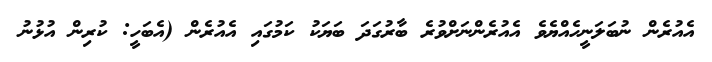
އެއުރެން ނުބަލަނީހެއްޔެވެ އެއުރެންނަށްވުރެ ބާރުގަދަ ބަޔަކު ކަމުގައި އެއުރެން (އެބަހީ: ކުރިން އުޅުނު